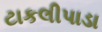
ટાકલીપાડા